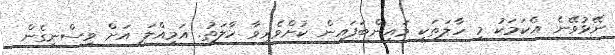
ނޭޅުވޭނެ އެކަމަކު މި ހާލަތަކީ މައިންބަފައިން ކުށްވެރިވާ ހާލަތު. އަމިއްލަ އަށް ވިސްނިގެން